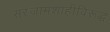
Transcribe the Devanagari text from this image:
सरंजामशाहीविरूद्ध